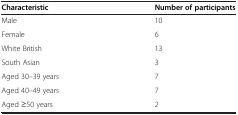
<table><thead><tr><td><b>Characteristic</b></td><td><b>Number of participants</b></td></tr></thead><tbody><tr><td>Male</td><td>10</td></tr><tr><td>Female</td><td>6</td></tr><tr><td>White British</td><td>13</td></tr><tr><td>South Asian</td><td>3</td></tr><tr><td>Aged 30–39 years</td><td>7</td></tr><tr><td>Aged 40–49 years</td><td>7</td></tr><tr><td>Aged ≥50 years</td><td>2</td></tr></tbody></table>